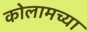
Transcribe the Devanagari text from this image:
कोलामच्या